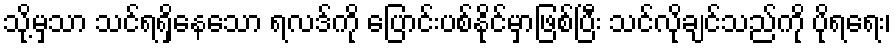
သို့မှသာ သင်ရရှိနေသော ရလဒ်ကို ပြောင်းပစ်နိုင်မှာဖြစ်ပြီး သင်လိုချင်သည်ကို ပိုရရေး၊